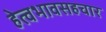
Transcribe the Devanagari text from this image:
हेत्वभावसहचार